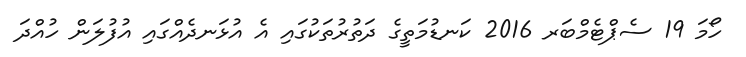
ހޯމަ 19 ސެޕްޓެމްބަރ 2016 ކަނޑުމަތީގެ ދަތުރުތަކުގައި އެ އުޅަނދެއްގައި އުފުލަން ހުއްދަ